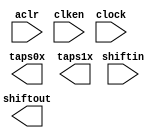
// megafunction wizard: %Shift register (RAM-based)%VBB%
// GENERATION: STANDARD
// VERSION: WM1.0
// MODULE: ALTSHIFT_TAPS 

// ============================================================
// Megafunction Name(s):
// 			ALTSHIFT_TAPS
//
// Simulation Library Files(s):
// 			altera_mf
// ============================================================
// ************************************************************
// THIS IS A WIZARD-GENERATED FILE. DO NOT EDIT THIS FILE!
//
// 13.0.1 Build 232 06/12/2013 SP 1 SJ Web Edition
// ************************************************************

//Copyright (C) 1991-2013 Altera Corporation
//Your use of Altera Corporation's design tools, logic functions 
//and other software and tools, and its AMPP partner logic 
//functions, and any output files from any of the foregoing 
//(including device programming or simulation files), and any 
//associated documentation or information are expressly subject 
//to the terms and conditions of the Altera Program License 
//Subscription Agreement, Altera MegaCore Function License 
//Agreement, or other applicable license agreement, including, 
//without limitation, that your use is for the sole purpose of 
//programming logic devices manufactured by Altera and sold by 
//Altera or its authorized distributors.  Please refer to the 
//applicable agreement for further details.

module linebuffer (
	aclr,
	clken,
	clock,
	shiftin,
	shiftout,
	taps0x,
	taps1x);

	input	  aclr;
	input	  clken;
	input	  clock;
	input	[9:0]  shiftin;
	output	[9:0]  shiftout;
	output	[9:0]  taps0x;
	output	[9:0]  taps1x;
`ifndef ALTERA_RESERVED_QIS
// synopsys translate_off
`endif
	tri1	  aclr;
	tri1	  clken;
`ifndef ALTERA_RESERVED_QIS
// synopsys translate_on
`endif

endmodule

// ============================================================
// CNX file retrieval info
// ============================================================
// Retrieval info: PRIVATE: ACLR NUMERIC "1"
// Retrieval info: PRIVATE: CLKEN NUMERIC "1"
// Retrieval info: PRIVATE: GROUP_TAPS NUMERIC "1"
// Retrieval info: PRIVATE: INTENDED_DEVICE_FAMILY STRING "Cyclone II"
// Retrieval info: PRIVATE: NUMBER_OF_TAPS NUMERIC "2"
// Retrieval info: PRIVATE: RAM_BLOCK_TYPE NUMERIC "1"
// Retrieval info: PRIVATE: SYNTH_WRAPPER_GEN_POSTFIX STRING "0"
// Retrieval info: PRIVATE: TAP_DISTANCE NUMERIC "640"
// Retrieval info: PRIVATE: WIDTH NUMERIC "10"
// Retrieval info: LIBRARY: altera_mf altera_mf.altera_mf_components.all
// Retrieval info: CONSTANT: INTENDED_DEVICE_FAMILY STRING "Cyclone II"
// Retrieval info: CONSTANT: LPM_HINT STRING "RAM_BLOCK_TYPE=M4K"
// Retrieval info: CONSTANT: LPM_TYPE STRING "altshift_taps"
// Retrieval info: CONSTANT: NUMBER_OF_TAPS NUMERIC "2"
// Retrieval info: CONSTANT: TAP_DISTANCE NUMERIC "640"
// Retrieval info: CONSTANT: WIDTH NUMERIC "10"
// Retrieval info: USED_PORT: aclr 0 0 0 0 INPUT VCC "aclr"
// Retrieval info: USED_PORT: clken 0 0 0 0 INPUT VCC "clken"
// Retrieval info: USED_PORT: clock 0 0 0 0 INPUT NODEFVAL "clock"
// Retrieval info: USED_PORT: shiftin 0 0 10 0 INPUT NODEFVAL "shiftin[9..0]"
// Retrieval info: USED_PORT: shiftout 0 0 10 0 OUTPUT NODEFVAL "shiftout[9..0]"
// Retrieval info: USED_PORT: taps0x 0 0 10 0 OUTPUT NODEFVAL "taps0x[9..0]"
// Retrieval info: USED_PORT: taps1x 0 0 10 0 OUTPUT NODEFVAL "taps1x[9..0]"
// Retrieval info: CONNECT: @aclr 0 0 0 0 aclr 0 0 0 0
// Retrieval info: CONNECT: @clken 0 0 0 0 clken 0 0 0 0
// Retrieval info: CONNECT: @clock 0 0 0 0 clock 0 0 0 0
// Retrieval info: CONNECT: @shiftin 0 0 10 0 shiftin 0 0 10 0
// Retrieval info: CONNECT: shiftout 0 0 10 0 @shiftout 0 0 10 0
// Retrieval info: CONNECT: taps0x 0 0 10 0 @taps 0 0 10 0
// Retrieval info: CONNECT: taps1x 0 0 10 0 @taps 0 0 10 10
// Retrieval info: GEN_FILE: TYPE_NORMAL linebuffer.v TRUE
// Retrieval info: GEN_FILE: TYPE_NORMAL linebuffer.inc FALSE
// Retrieval info: GEN_FILE: TYPE_NORMAL linebuffer.cmp FALSE
// Retrieval info: GEN_FILE: TYPE_NORMAL linebuffer.bsf FALSE
// Retrieval info: GEN_FILE: TYPE_NORMAL linebuffer_inst.v FALSE
// Retrieval info: GEN_FILE: TYPE_NORMAL linebuffer_bb.v TRUE
// Retrieval info: LIB_FILE: altera_mf